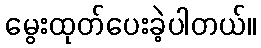
မွေးထုတ်ပေးခဲ့ပါတယ်။